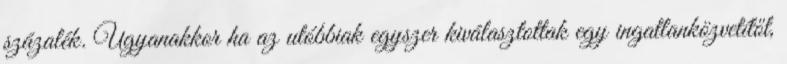
százalék. Ugyanakkor ha az utóbbiak egyszer kiválasztottak egy ingatlanközvetítőt,